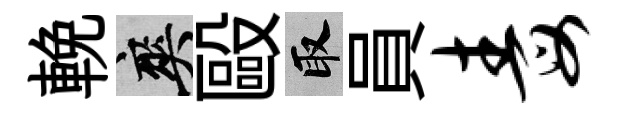
輓爽毆取員毒